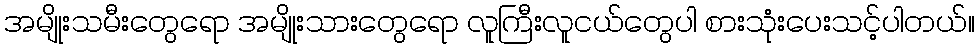
အမျိုးသမီးတွေရော အမျိုးသားတွေရော လူကြီးလူငယ်တွေပါ စားသုံးပေးသင့်ပါတယ်။